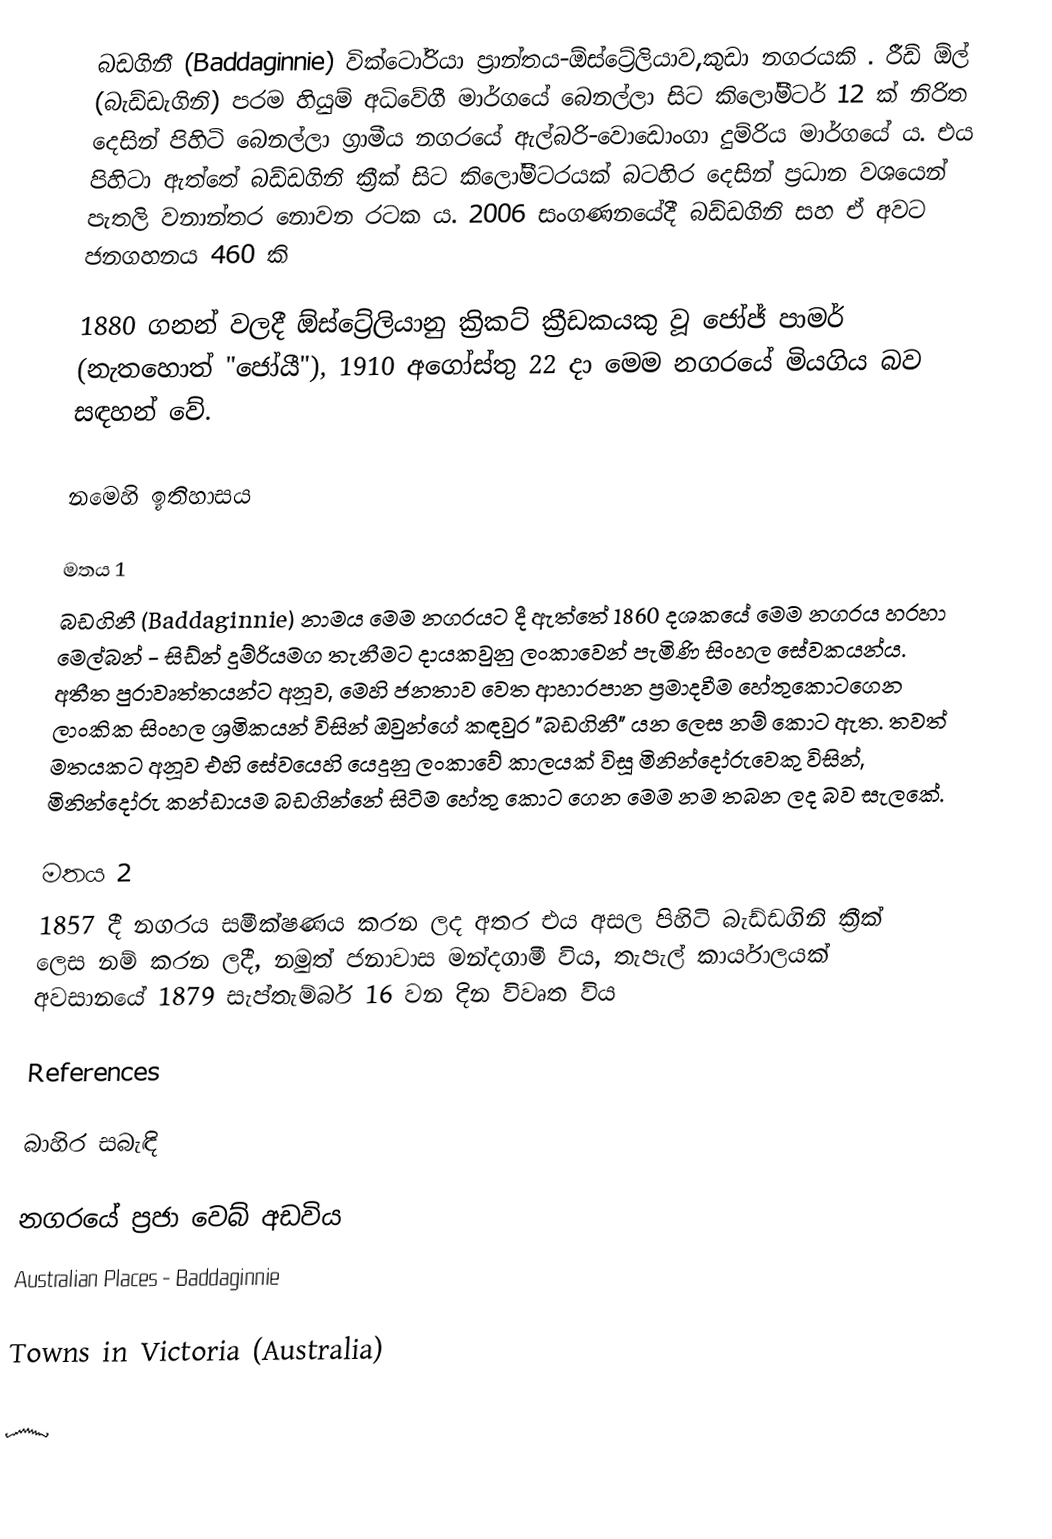
බඩගිනී (Baddaginnie)   වික්ටෝරියා ප්‍රාන්තය-ඕස්ට්‍රේලියාව,කුඩා නගරයකි . රීඩ් ඕල් (බැඩ්ඩැගිනි) පරම හියුම් අධිවේගී මාර්ගයේ බෙනල්ලා සිට කිලෝමීටර් 12 ක් නිරිත දෙසින් පිහිටි බෙනල්ලා ග්‍රාමීය නගරයේ ඇල්බරි-වොඩොංගා දුම්රිය මාර්ගයේ ය. එය පිහිටා ඇත්තේ බඩ්ඩගිනි ක්‍රීක් සිට කිලෝමීටරයක් ​​බටහිර දෙසින් ප්‍රධාන වශයෙන් පැතලි වනාන්තර නොවන රටක ය. 2006 සංගණනයේදී බඩ්ඩගිනි සහ ඒ අවට ජනගහනය 460 කි

1880 ගනන් වලදී ඕස්ට්‍රේලියානු ක්‍රිකට් ක්‍රීඩකයකු වූ ජෝජ් පාමර් (නැතහොත් "ජෝයී"), 1910 අගෝස්තු 22 දා මෙම නගරයේ මියගිය බව සඳහන් වේ.

නමෙහි ඉතිහාසය

මතය 1
බඩගිනී (Baddaginnie) නාමය මෙම නගරයට දී ඇත්තේ 1860 දශකයේ මෙම නගරය හරහා මෙල්බන් - සිඩ්න් දුම්රියමග තැනීමට දායකවුනු  ලංකාවෙන් පැමිණි සිංහල සේවකයන්ය. අතීත පුරාවෘත්තයන්ට අනූව, මෙහි ජනතාව වෙත ආහාරපාන ප්‍රමාදවීම හේතුකොටගෙන ලාංකික සිංහල ශ්‍රමිකයන් විසින් ඔවුන්ගේ කඳවුර "බඩගිනී" යන ලෙස නම් කොට ඇත. තවත් මතයකට අනූව එහි සේවයෙහි යෙදුනු  ලංකාවේ කාලයක් විසූ මිනින්දෝරුවෙකු විසින්, මිනින්දෝරු කන්ඩායම බඩගින්නේ සිටිම හේතු කොට ගෙන මෙම නම තබන ලද බව සැලකේ.

මතය 2
1857 දී නගරය සමීක්ෂණය කරන ලද අතර එය අසල පිහිටි බැඩ්ඩගිනි ක්‍රීක් ලෙස නම් කරන ලදී, නමුත් ජනාවාස මන්දගාමී විය, තැපැල් කාර්යාලයක් අවසානයේ 1879 සැප්තැම්බර් 16 වන දින විවෘත විය

References

බාහිර සබැඳි

 නගරයේ ප්‍රජා වෙබ් අඩවිය
Australian Places - Baddaginnie

Towns in Victoria (Australia)

෴